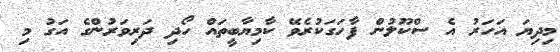
މިދިޔަ އަހަރު އެ ސްކޫލުން ފާހަގަކުރެވޭ ކާމިޔާބީތައް ހޯދި ދަރިވަރުންގެ އަގު މި